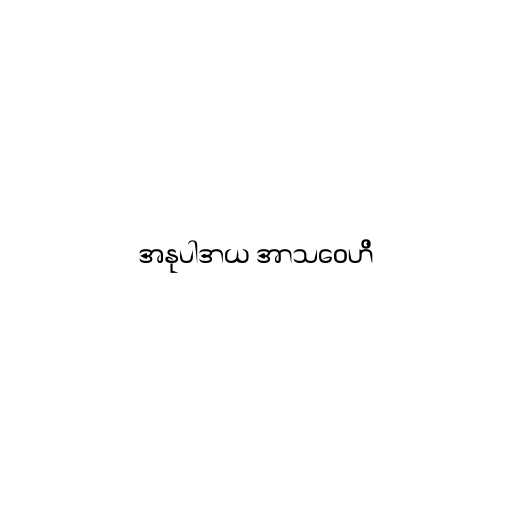
အနုပါဒာယ အာသဝေဟိ